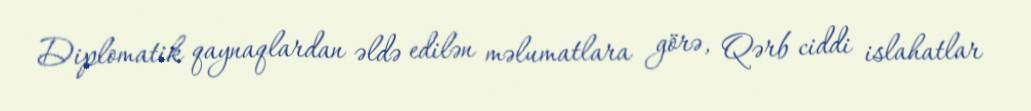
Diplomatik qaynaqlardan əldə edilən məlumatlara görə, Qərb ciddi islahatlar